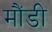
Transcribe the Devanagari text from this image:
मौंडी